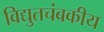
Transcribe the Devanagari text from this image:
विद्युतचंबकीय